DOW-UAP-D49, Launch Summary, Vandenberg AFB, 2000
Agency: Department of War
Incident date: 2/3/00
Page 86
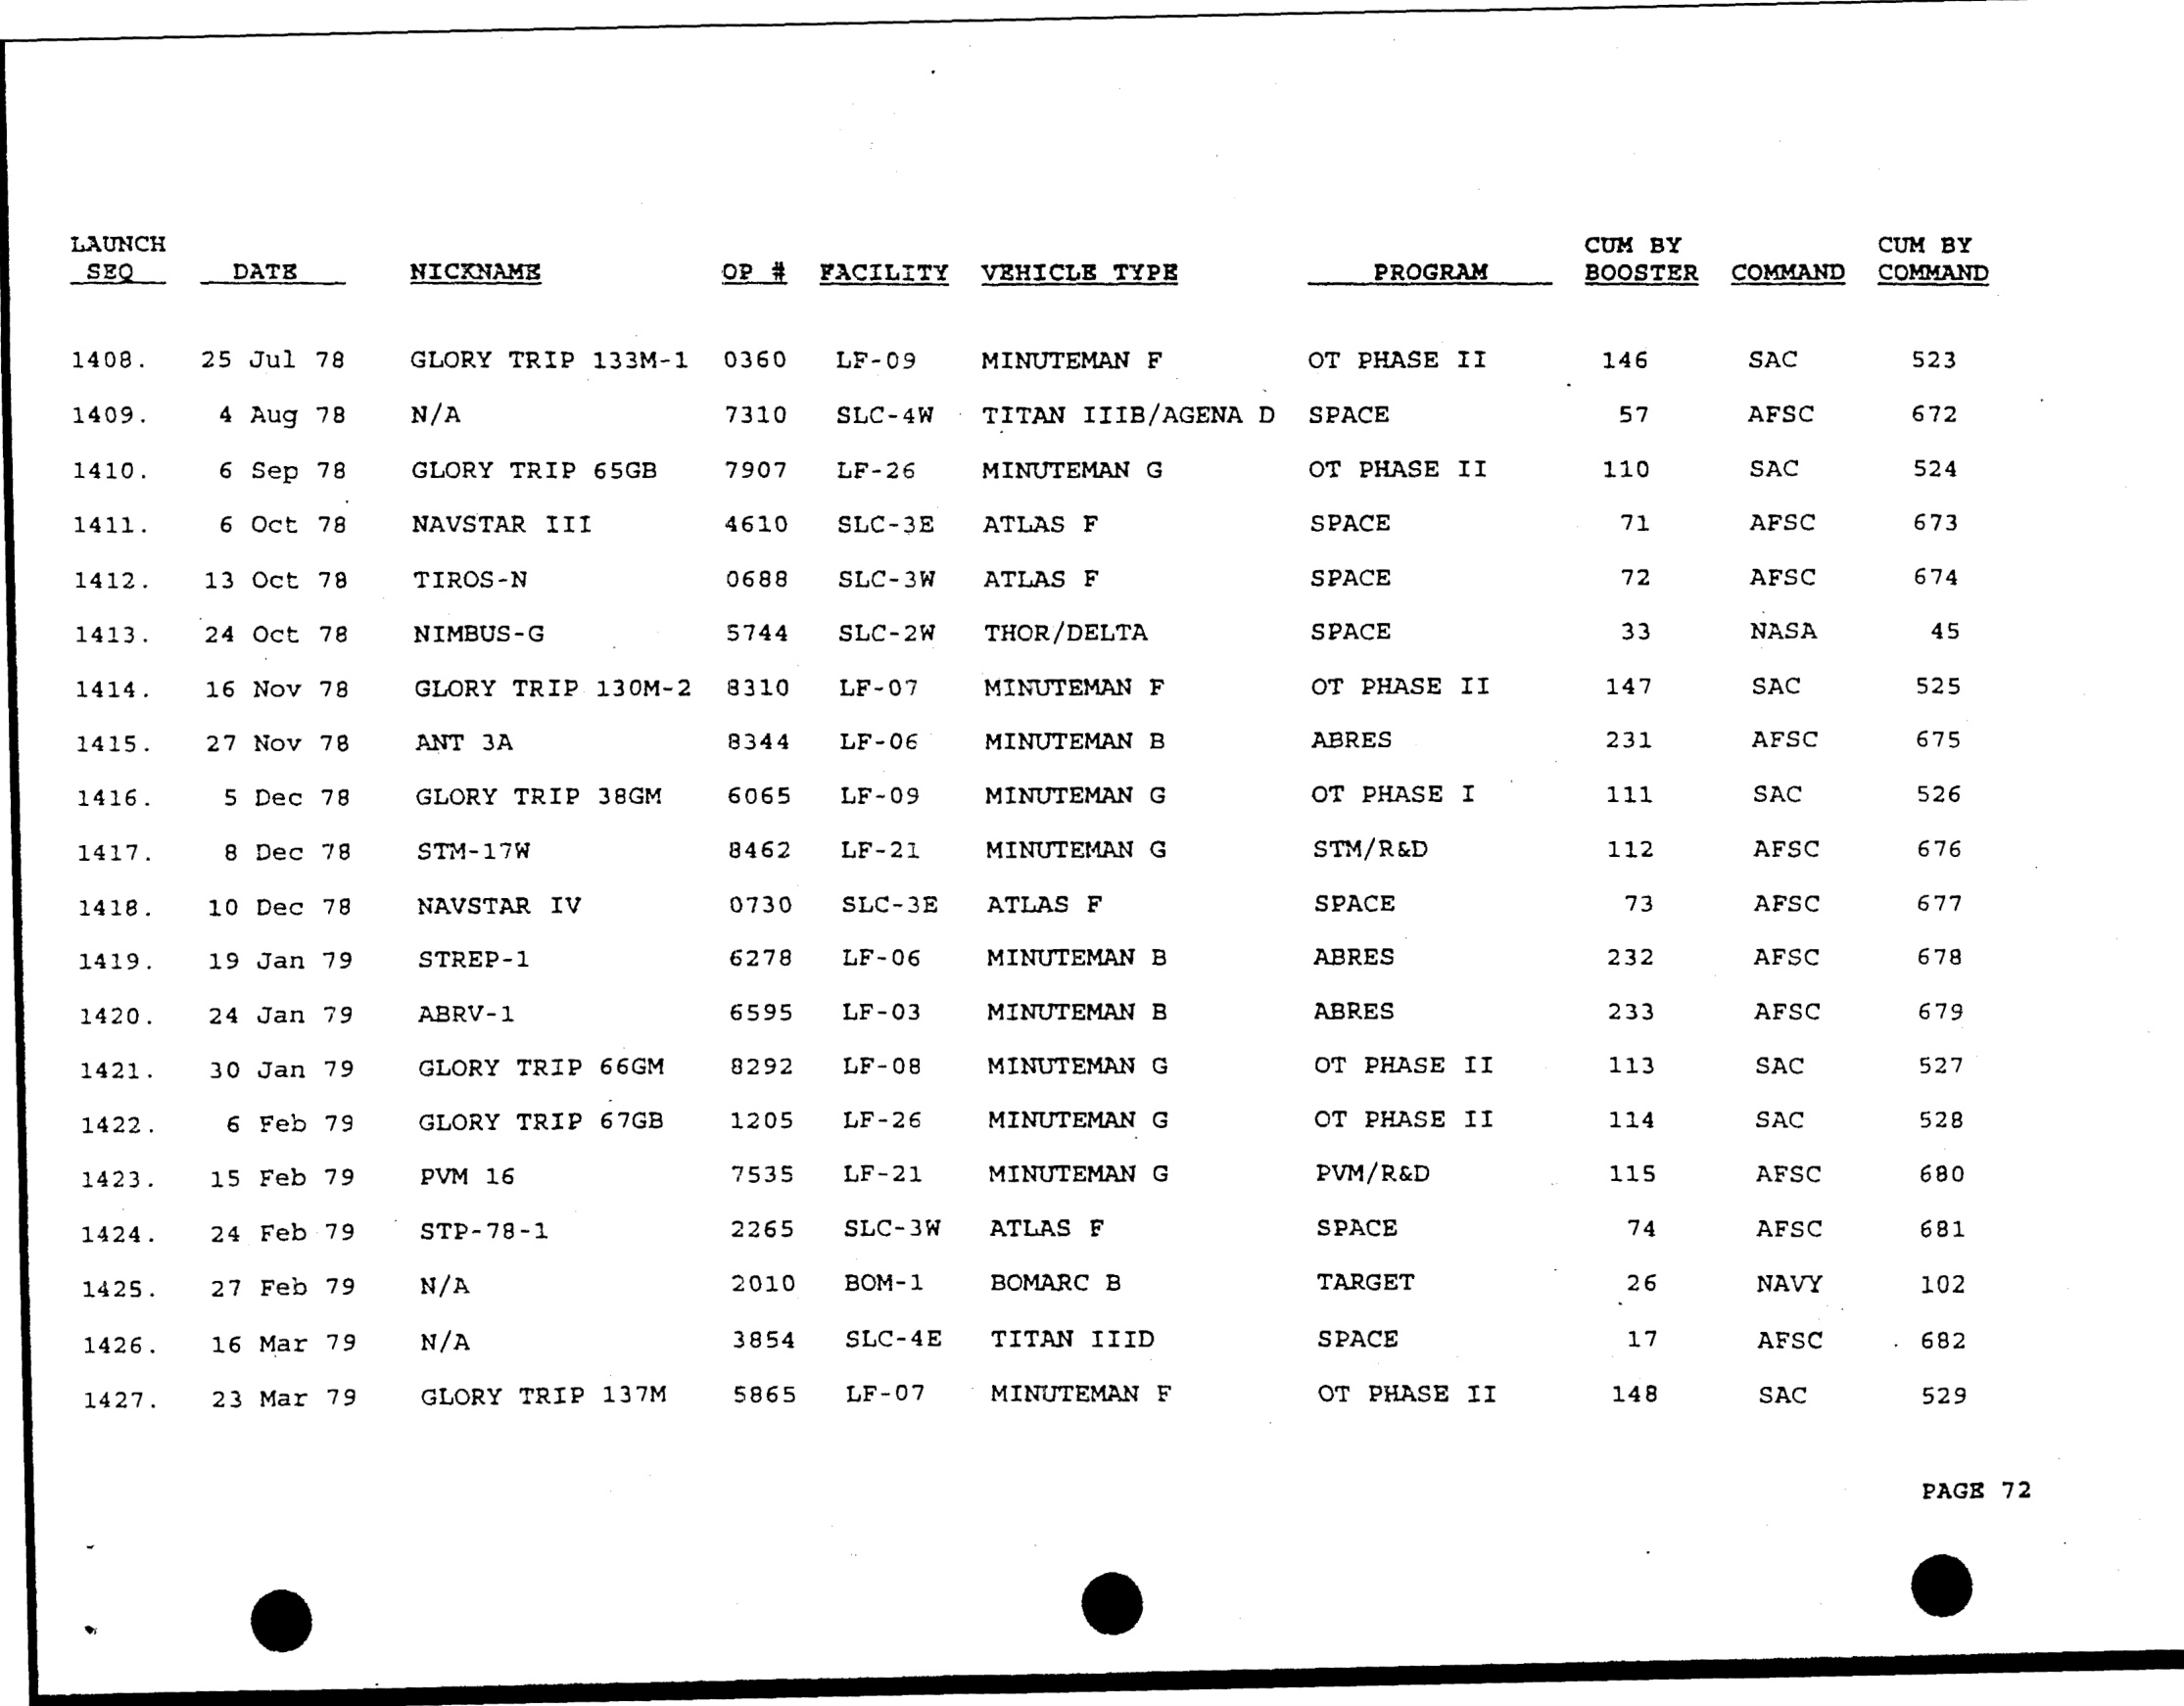